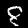
Label: 8